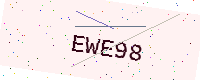
Text: EWE98